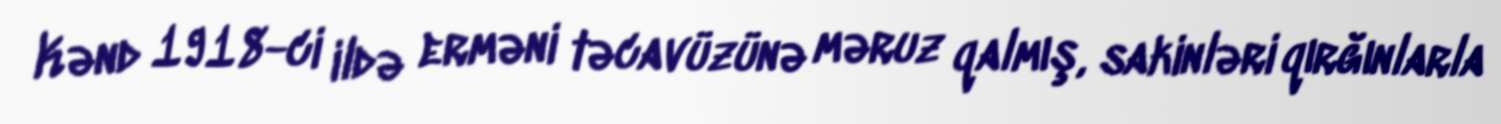
Kənd 1918-ci ildə erməni təcavüzünə məruz qalmış, sakinləri qırğınlarla